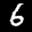
Label: 6